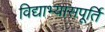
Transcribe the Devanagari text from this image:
विद्याभ्यासपूर्ति